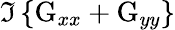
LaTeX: \Im\left\{ \mathrm{G}_{xx}+\mathrm{G}_{yy}\right\}